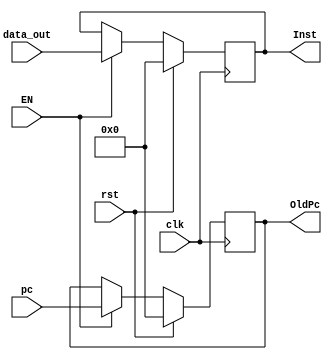
module instruction_reg(input [31:0] pc, data_out, input clk, rst, EN, output reg[31:0] OldPc, Inst);

    always @(posedge clk) begin
        if(rst) begin
            Inst <= 32'b0;
            OldPc <= 32'b0;
        end

        else if(EN) begin
            OldPc <= pc;
            Inst <= data_out;
        end

        else  begin
            OldPc <= OldPc;
            Inst <= Inst;
	end 
    end

endmodule